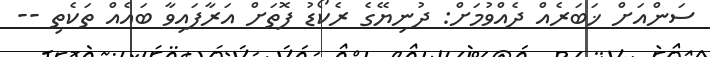
ސަންއަށް ޚަބަރެއް ދެއްވުމަށް: ދުނިޔޭގެ ރެކޯޑު ފޮތަށް އަރާފައިވާ ބައެއް ތަކެތި --